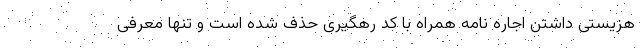
هزیستی داشتن اجاره نامه همراه با کد رهگیری حذف شده است و تنها معرفی